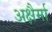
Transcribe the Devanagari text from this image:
अक्षैर्मा